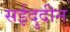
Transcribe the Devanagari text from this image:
सईदुदीन